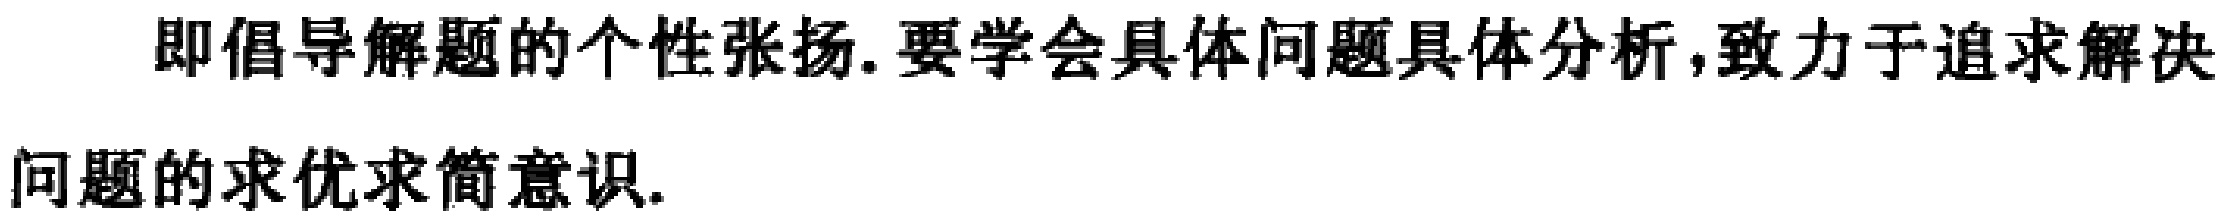
即倡导解题的个性张扬.要学会具体问题具体分析,致力于追求解决问题的求优求简意识.